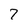
Character: 7